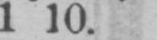
1 10.